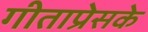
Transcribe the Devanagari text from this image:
गीताप्रेसके